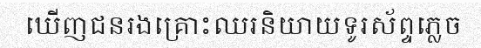
ឃើញជនរងគ្រោះឈរនិយាយទូរស័ព្ទភ្លេច